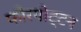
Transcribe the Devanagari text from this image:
फोरगोट्टन